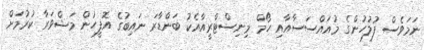
ނަމަވެސް ފުލުހުންގެ މުއައްސަސާއާއި ހޯމް މިނިސްޓްރީއާއެކު ބަންޑާރަ ނައިބުގެ އޮފީހުން މަޝްވަރާ ކުރުމަށް